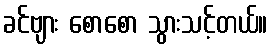
ခင်ဗျား စောစော သွားသင့်တယ်။